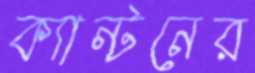
ক্যান্টনের